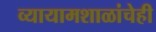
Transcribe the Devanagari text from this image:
व्यायामशाळांचेही